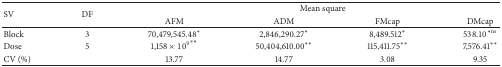
<table><thead><tr><td rowspan="2"><b>SV</b></td><td rowspan="2"><b>DF</b></td><td colspan="4"><b>Mean square</b></td></tr><tr><td><b>AFM</b></td><td><b>ADM</b></td><td><b>FMcap</b></td><td><b>DMcap</b></td></tr></thead><tbody><tr><td>Block</td><td>3</td><td>70,479,545.48<sup>*</sup></td><td>2,846,290.27<sup>*</sup></td><td>8,489.512<sup>*</sup></td><td>538.10<sup>∗ns</sup></td></tr><tr><td>Dose</td><td>5</td><td>1,158 ×10<sup>9</sup><sup>**</sup></td><td>50,404,610.00<sup>**</sup></td><td>115,411.75<sup>**</sup></td><td>7,576.41<sup>**</sup></td></tr><tr><td>CV (%)</td><td> </td><td>13.77</td><td>14.77</td><td>3.08</td><td>9.35</td></tr></tbody></table>